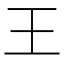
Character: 王